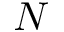
N